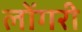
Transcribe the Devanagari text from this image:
लोंगरी